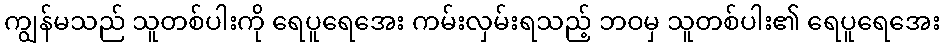
ကျွန်မသည် သူတစ်ပါးကို ရေပူရေအေး ကမ်းလှမ်းရသည့် ဘဝမှ သူတစ်ပါး၏ ရေပူရေအေး